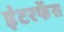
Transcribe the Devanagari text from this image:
इंटरफेंस